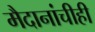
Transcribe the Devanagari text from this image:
मैदानांचीही